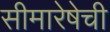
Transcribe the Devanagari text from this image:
सीमारेषेची